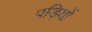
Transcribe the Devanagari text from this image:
पड़ियों